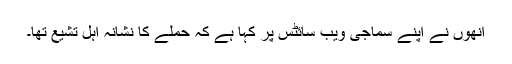
اُنھوں نے اپنے سماجی ویب سائٹس پر کہا ہے کہ حملے کا نشانہ اہل تشیع تھا۔